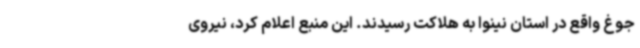
جوغ واقع در استان نینوا به هلاکت رسیدند. این منبع اعلام کرد، نیروی